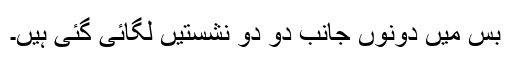
بس میں دونوں جانب دو دو نشستیں لگائی گئی ہیں۔